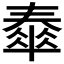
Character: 𡙹